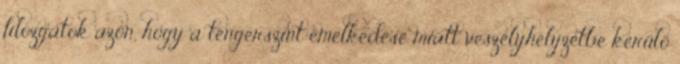
filózgatok azon, hogy a tengerszint emelkedése miatt veszélyhelyzetbe kerülő